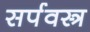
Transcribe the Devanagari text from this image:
सर्पवस्त्र